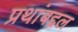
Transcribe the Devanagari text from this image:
प्रथांबद्दल